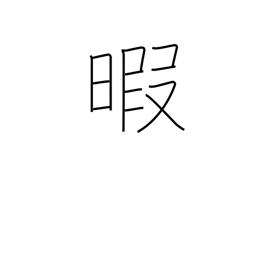
Meaning: spare time